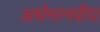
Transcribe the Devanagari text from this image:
अर्धमानवीय